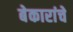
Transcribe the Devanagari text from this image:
बेकारांचे